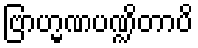
ဗြာဟ္မဏပဏ္ဍိတာပိ